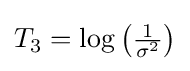
\textstyle T_{3}=\log {\big (}{\frac {1}{\sigma ^{2}}}{\big )}